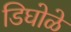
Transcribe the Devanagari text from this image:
डिघोळे